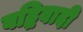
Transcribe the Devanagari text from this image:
बद्धिवादी